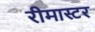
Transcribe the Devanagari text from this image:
रीमास्टर